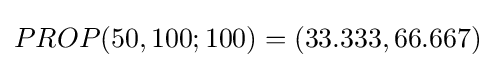
PROP(50,100;100)=(33.333,66.667)